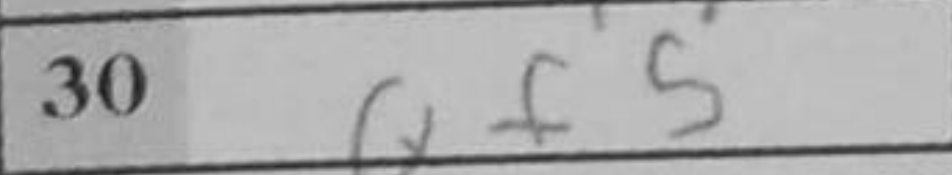
Transcription: Qf5